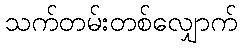
သက်တမ်းတစ်လျှောက်